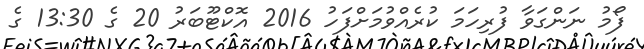
ފޯމު ނަންގަވާ ފުރިހަމަ ކުރެއްވުމަށްފަހު 2016 އޮކްޓޫބަރު 20 ގެ 13:30 ގެ